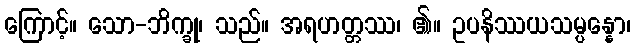
ကြောင့်။ သော-ဘိက္ခု၊ သည်။ အရဟတ္တဿ၊ ၏။ ဥပနိဿယသမ္ပန္နော၊